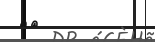
٢٣